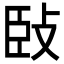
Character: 𢼧